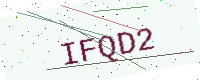
Text: IFQD2